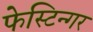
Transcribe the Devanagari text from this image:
फेस्टिन्गर